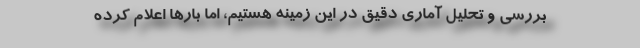
بررسی و تحلیل آماری دقیق در این زمینه هستیم، اما بارها اعلام کرده